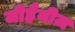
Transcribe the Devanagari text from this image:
जीहैनीज़